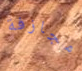
مجازفة